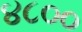
૪૮૦૦